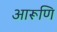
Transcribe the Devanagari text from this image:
आरूणि